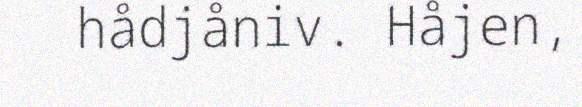
hådjåniv. Håjen,